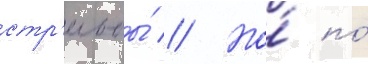
стр'ельбы́ // Но́ по́